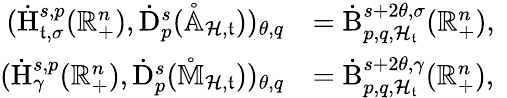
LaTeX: \begin{array}{rl}{(\dot{\mathrm{H}}_{{\mathfrak{t}},\sigma}^{s,p}(\mathbb{R}_{+}^{n}),\dot{\mathrm{D}}_{p}^{s}(\mathring{\mathbb{A}}_{\mathcal{H},\mathfrak{t}}))_{\theta,q}}&{=\dot{\mathrm{B}}_{p,q,\mathcal{H}_{\mathfrak{t}}}^{s+2\theta,\sigma}(\mathbb{R}_{+}^{n})\mathrm{,~}}\\ {(\dot{\mathrm{H}}_{\gamma}^{s,p}(\mathbb{R}_{+}^{n}),\dot{\mathrm{D}}_{p}^{s}(\mathring{\mathbb{M}}_{\mathcal{H},\mathfrak{t}}))_{\theta,q}}&{=\dot{\mathrm{B}}_{p,q,\mathcal{H}_{\mathfrak{t}}}^{s+2\theta,\gamma}(\mathbb{R}_{+}^{n})\mathrm{,~}}\end{array}